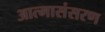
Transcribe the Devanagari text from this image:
आत्मासंसरण